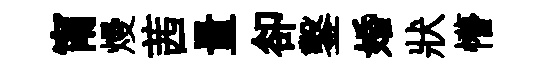
甯熳茜量卻鑿婚狀懵